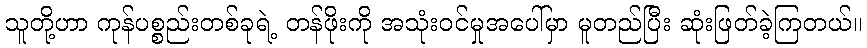
သူတို့ဟာ ကုန်ပစ္စည်းတစ်ခုရဲ့ တန်ဖိုးကို အသုံးဝင်မှုအပေါ်မှာ မူတည်ပြီး ဆုံးဖြတ်ခဲ့ကြတယ်။